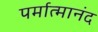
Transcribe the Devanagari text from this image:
पर्मात्मानंद